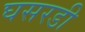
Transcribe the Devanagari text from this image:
घसरडी